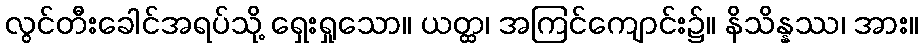
လွင်တီးခေါင်အရပ်သို့ ရှေးရှုသော။ ယတ္ထ၊ အကြင်ကျောင်း၌။ နိသိန္နဿ၊ အား။